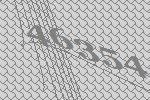
46354